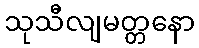
သုသီလျမတ္တနော